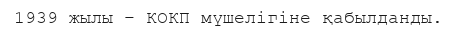
1939 жылы – КОКП мүшелігіне қабылданды.